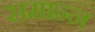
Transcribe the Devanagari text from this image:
समान्न